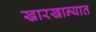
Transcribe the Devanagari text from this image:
खारखान्यात